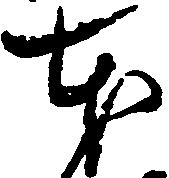
本